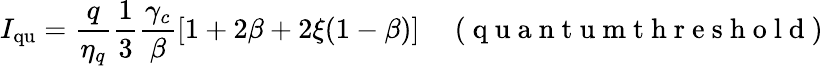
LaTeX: I_{\mathrm{qu}}=\frac{q}{\eta_{q}}\frac{1}{3}\frac{\gamma_{c}}{\beta}\left[1+2\beta+2\xi(1-\beta)\right]\quad\mathrm{~(~q~u~a~n~t~u~m~t~h~r~e~s~h~o~l~d~)~}